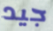
جيد